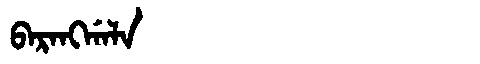
Manchu: ᠪᠠᡵᠠᠩᡤᠠᠯᠠ
Romanization: BARANGGALA